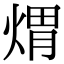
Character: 煟